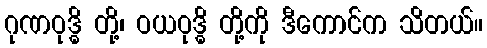
ဂုဏဝုဒ္ဓိ တို့၊ ဝယဝုဒ္ဓိ တို့ကို ဒီကောင်က သိတယ်။